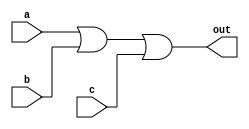
module top_module(
    input a,
    input b,
    input c,
    output out  ); 

    assign out = a | b | c; //If a truth table is created using the outputs, the output is 1 when the inputs are non zero. Hence it can be reduced to A or B or C.
endmodule